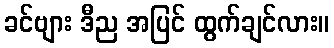
ခင်ဗျား ဒီည အပြင် ထွက်ချင်လား။